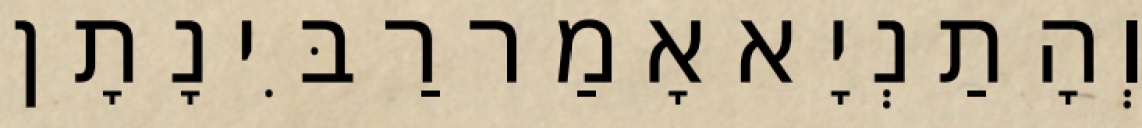
וְהָתַנְיָא אָמַר רַבִּי נָתָן